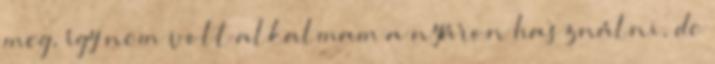
meg, így nem volt alkalmam a nyáron használni, de